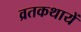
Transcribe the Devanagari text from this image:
व्रतकथायें